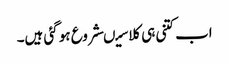
اب کتنی ہی کلاسیںشروع ہو گئی ہیں۔